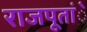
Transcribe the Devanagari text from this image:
राजपूतांे